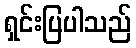
ရှင်းပြပါသည်